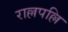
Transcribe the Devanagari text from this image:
राल्लपल्लि